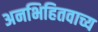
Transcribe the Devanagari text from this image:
अनभिहितवाच्य